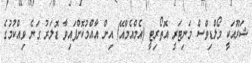
ޝަރޫއަކީ މޯލްޑިވްސް މަނިޓަރީ އޮތޯރިޓީ (އެމްއެމްއޭ) އިން އާއްމުކޮށްފައިވާ ޑޮލަރު ގަނެ ވިއްކުމުގެ